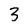
Character: 3